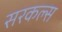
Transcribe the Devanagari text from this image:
सरकल्स